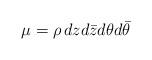
LaTeX: \begin{align*} \mu = \rho\, dz d\bar z d\theta d\bar\theta\end{align*}